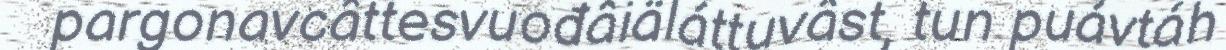
pargonavcâttesvuođâiäláttuvâst, tun puávtáh